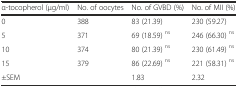
<table><thead><tr><td><b>α-tocopherol (μg/ml)</b></td><td><b>No. of oocytes</b></td><td><b>No. of GVBD (%)</b></td><td><b>No. of MII (%)</b></td></tr></thead><tbody><tr><td>0</td><td>388</td><td>83 (21.39)</td><td>230 (59.27)</td></tr><tr><td>5</td><td>371</td><td>69 (18.59) <sup>ns</sup></td><td>246 (66.30) <sup>ns</sup></td></tr><tr><td>10</td><td>374</td><td>80 (21.39) <sup>ns</sup></td><td>230 (61.49) <sup>ns</sup></td></tr><tr><td>15</td><td>379</td><td>86 (22.69) <sup>ns</sup></td><td>221 (58.31) <sup>ns</sup></td></tr><tr><td>±SEM</td><td></td><td>1.83</td><td>2.32</td></tr></tbody></table>